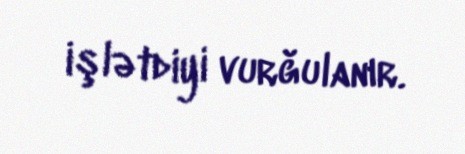
işlətdiyi vurğulanır.